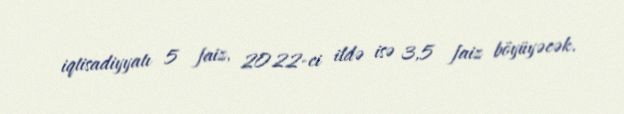
iqtisadiyyatı 5 faiz, 2022-ci ildə isə 3,5 faiz böyüyəcək.